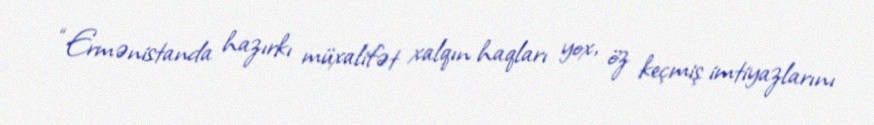
“Ermənistanda hazırkı müxalifət xalqın haqları yox, öz keçmiş imtiyazlarını